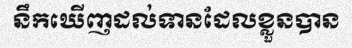
នឹកឃើញដល់ទានដែលខ្លួនបាន